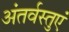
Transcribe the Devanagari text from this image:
अंतर्वस्तुएं